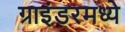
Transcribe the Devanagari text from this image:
ग्राइंडरमध्ये